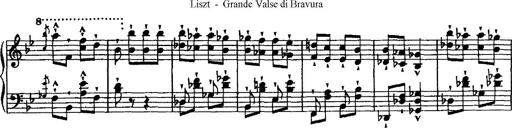
Title: Grande valse di bravura
Composer: Franz Liszt